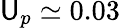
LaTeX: \mathsf{U}_{p}\simeq0.03